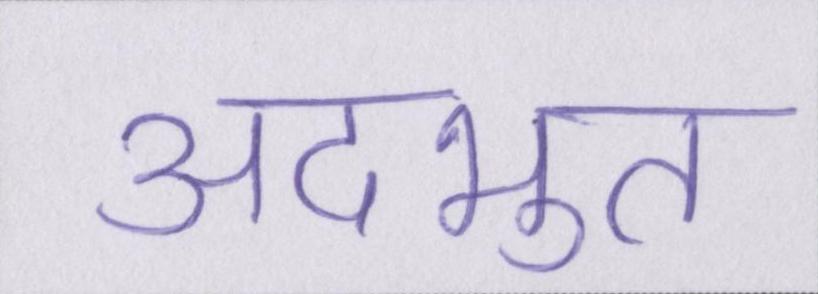
अदभुत